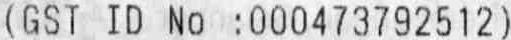
(GST ID NO : 000473792512)